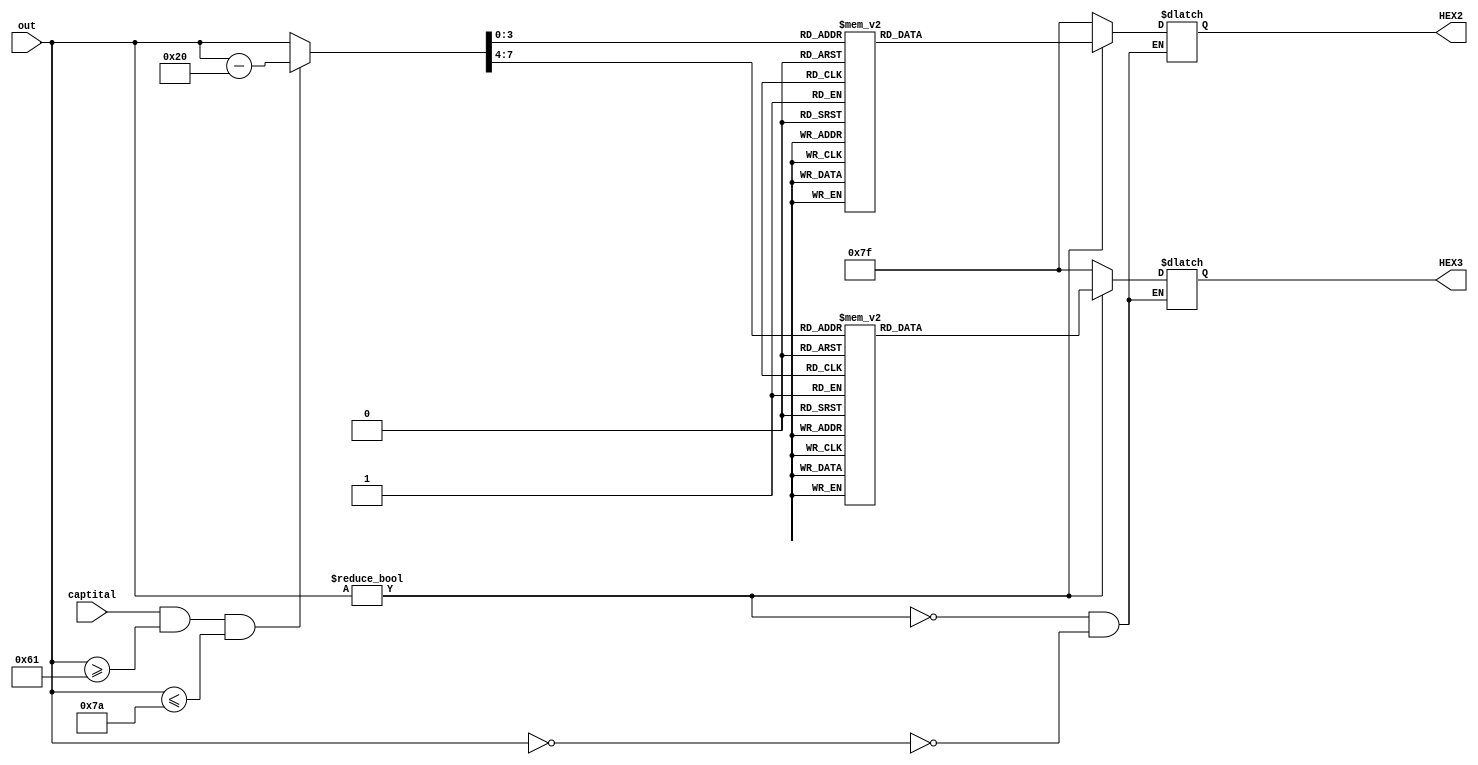
module show_ascii(
	input [7:0]out,
	input captital,
	output reg [6:0]HEX2,
	output reg [6:0]HEX3
);
	reg [7:0]ascii;
	
	always @ (out or captital)
		begin
		if(out==8'b0)      //0
			begin
			HEX2=7'b1111111;
			HEX3=7'b1111111;
			end
		else
			begin
			if(captital&&out>=8'd97&&out<=8'd122)    //
				ascii=out-8'd32;
			else
				ascii=out;
			end
		if(out!=8'b0)       //
			begin
			case(ascii[3:0])
				8'd0:HEX2=7'b1000000;
				8'd1:HEX2=7'b1111001;
				8'd2:HEX2=7'b0100100;
				8'd3:HEX2=7'b0110000;
				8'd4:HEX2=7'b0011001;
				8'd5:HEX2=7'b0010010;
				8'd6:HEX2=7'b0000010;
				8'd7:HEX2=7'b1111000;
				8'd8:HEX2=7'b0000000;
				8'd9:HEX2=7'b0010000;
				8'd10:HEX2=7'b0001000;
				8'd11:HEX2=7'b0000011;
				8'd12:HEX2=7'b1000110;
				8'd13:HEX2=7'b0100001;
				8'd14:HEX2=7'b0000110;
				8'd15:HEX2=7'b0001110;
				default:HEX2=7'b1111111;
			endcase
			case(ascii[7:4])
				8'd0:HEX3=7'b1000000;
				8'd1:HEX3=7'b1111001;
				8'd2:HEX3=7'b0100100;
				8'd3:HEX3=7'b0110000;
				8'd4:HEX3=7'b0011001;
				8'd5:HEX3=7'b0010010;
				8'd6:HEX3=7'b0000010;
				8'd7:HEX3=7'b1111000;
				8'd8:HEX3=7'b0000000;
				8'd9:HEX3=7'b0010000;
				8'd10:HEX3=7'b0001000;
				8'd11:HEX3=7'b0000011;
				8'd12:HEX3=7'b1000110;
				8'd13:HEX3=7'b0100001;
				8'd14:HEX3=7'b0000110;
				8'd15:HEX3=7'b0001110;
				default:HEX3=7'b1111111;
			endcase
			end
		end
endmodule